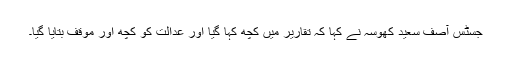
جسٹس آصف سعید کھوسہ نے کہا کہ تقاریر میں کچھ کہا گیا اور عدالت کو کچھ اور موقف بتایا گیا۔